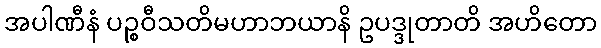
အပါဏီနံ ပဉ္စဝီသတိမဟာဘယာနိ ဥပဒ္ဒုတာတိ အဟိတော